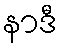
နာဒီ